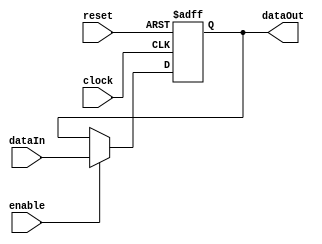
module simpleRegister(dataIn, clock, enable, reset, dataOut);

 	input [1:0] dataIn; 
	input clock;
	input enable;
	input reset;
   output [1:0] dataOut;
	reg[1:0] dataOut;
 
always @(posedge clock or posedge reset) 
	if (reset) 
		dataOut = 2'b00; 
	else if  (enable) 
		dataOut = dataIn; 
	
endmodule